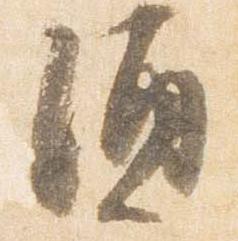
酒